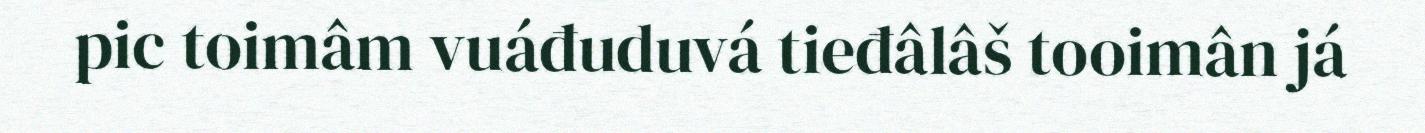
pic toimâm vuáđuduvá tieđâlâš tooimân já